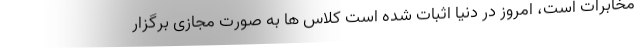
مخابرات است، امروز در دنیا اثبات شده است کلاس ها به صورت مجازی برگزار